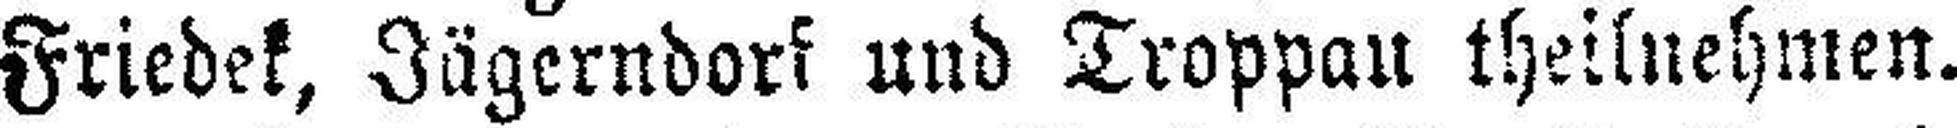
Friedek, Jägerndorf und Troppau theilnehmen.